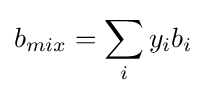
b_{mix}=\sum _{i}y_{i}b_{i}